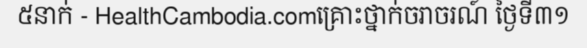
៥នាក់ - HealthCambodia.comគ្រោះថ្នាក់ចរាចរណ៍ ថ្ងៃទី៣១